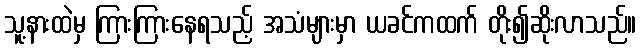
သူ့နားထဲမှ ကြားကြားနေရသည့် အသံများမှာ ယခင်ကထက် တိုး၍ဆိုးလာသည်။